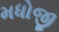
મધોજી